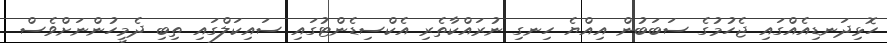
ހޮޅިދަނޑިއެއްގައި ޖެހުމުގެ ސަބަބުން އިއްޔެ ހިނގި ނުރައްކާތެރި އެކްސިޑެންޓުގައި ސައިކަލްގައި ތިބި ދެމީހުންނަށްވެސް